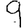
Digit: 9